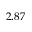
2 . 8 7